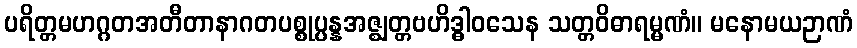
ပရိတ္တမဟဂ္ဂတအတီတာနာဂတပစ္စုပ္ပန္နအဇ္ဈတ္တဗဟိဒ္ဓါဝသေန သတ္တဝိဓာရမ္မဏံ။ မနောမယဉာဏံ